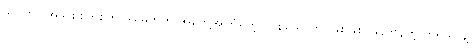
သင်ဟာ အသစ်စက်စက် ဒါမှမဟုတ် အတွေ့အကြုံရှိတဲ့ တစ်ယောက်ပဲဖြစ်ဖြစ်၊ မှန်ကန်တဲ့ ကိရိယာနဲ့